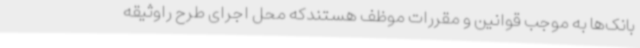
بانک‌ها به موجب قوانین و مقررات موظف هستندکه محل اجرای طرح راوثیقه